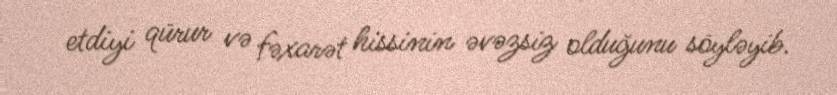
etdiyi qürur və fəxarət hissinin əvəzsiz olduğunu söyləyib.